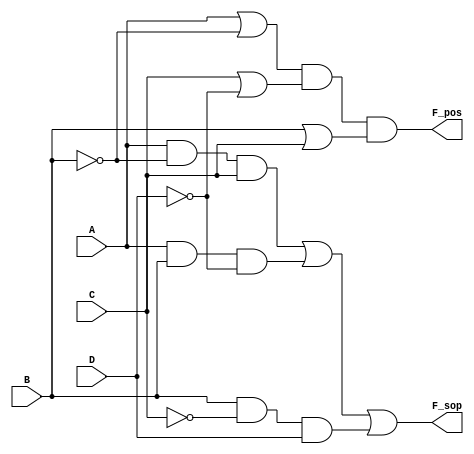
module combinational_logic(
    input wire A,      // Input A
    input wire B,      // Input B
    input wire C,      // Input C
    input wire D,      // Input D
    output wire F_sop, // Output from SOP
    output wire F_pos  // Output from POS
);

// Sum of Products (SOP) Implementation
assign F_sop = (A & ~B & C) | (A & B & ~D) | (B & ~C & D);

// Product of Sums (POS) Implementation
assign F_pos = (A | ~B) & (C | ~D) & (B | C);

endmodule